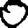
Digit: 0